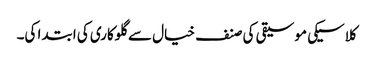
کلاسیکی موسیقی کی صنف خیال سے گلوکاری کی ابتدا کی۔